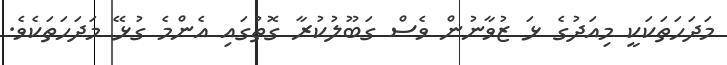
މަދަހަތަކަކީ މިއަދުގެ ޅަ ޒުވާނުން ވެސް ގަބޫލުކުރާ ގޮތުގައި އެންމެ ގުޅޭ މަދަހަތަކެވެ.